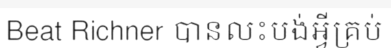
Beat Richner បានលះបង់អ្វីគ្រប់